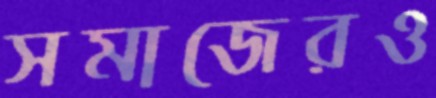
সমাজেরও